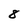
Character: 8